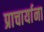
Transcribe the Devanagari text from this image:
प्राचार्याना